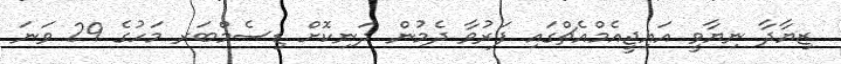
ޒިޔާދާ ނިޔާވީ އައިޖީއެމްއެޗްގައި ފަރުވާ ދެމުން ދަނިކޮށް ޑިސެމްބަރ މަހުގެ 29 ވަނަ